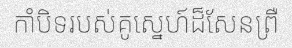
កាំបិទរបស់គូស្នេហ៍ដ៏សែនព្រឺ